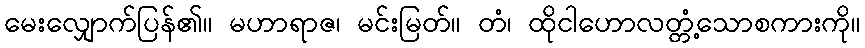
မေးလျှောက်ပြန်၏။ မဟာရာဇ၊ မင်းမြတ်။ တံ၊ ထိုငါဟောလတ္တံ့သောစကားကို။